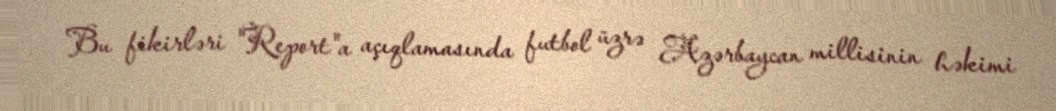
Bu fikirləri "Report"a açıqlamasında futbol üzrə Azərbaycan millisinin həkimi